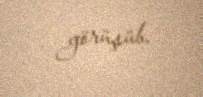
görüşüb.